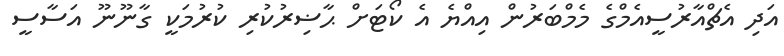
އަދި އެޗްއާރުސީއެމްގެ މެމްބަރުން އިއްޔެ އެ ކޯޓަށް ޙާޟިރުކުރި ކުރުމަކީ ގާނޫނޫ އަސާސީ